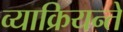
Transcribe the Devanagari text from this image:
व्याक्रियन्ते